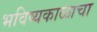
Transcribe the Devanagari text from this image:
भविष्यकाळाचा